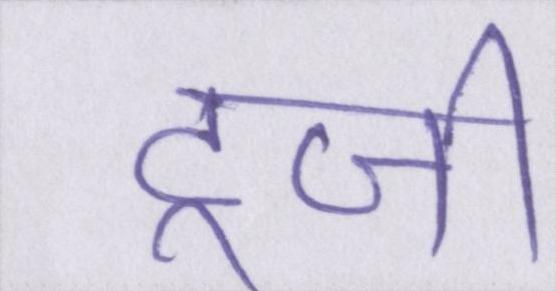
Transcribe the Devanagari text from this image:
टूजी